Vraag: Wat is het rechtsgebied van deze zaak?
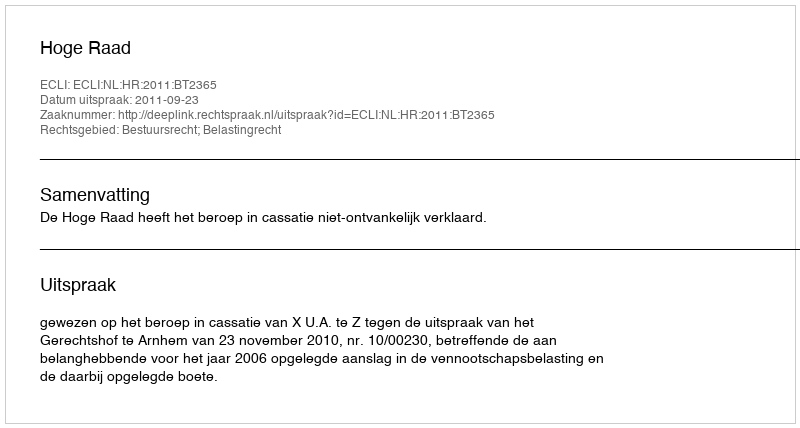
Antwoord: Bestuursrecht; Belastingrecht